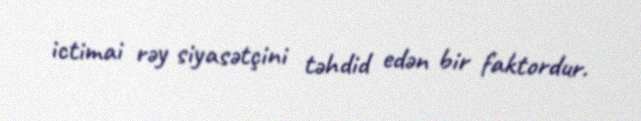
ictimai rəy siyasətçini təhdid edən bir faktordur.